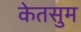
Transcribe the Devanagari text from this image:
केतसुम